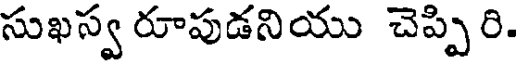
సుఖస్వ రూపుడనియు చెప్పిరి.